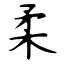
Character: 柔